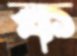
ক